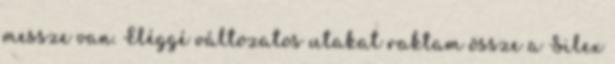
messze van. Eléggé változatos utakat raktam össze a Silex